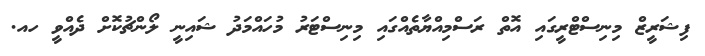
ފިޝަރީޒް މިނިސްޓްރީގައި އޮތް ރަސްމިއްޔާތެއްގައި މިނިސްޓަރު މުހައްމަދު ޝައިނީ ލޯންޗުކޮށް ދެއްވީ ހއ.